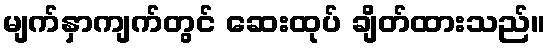
မျက်နှာကျက်တွင် ဆေးထုပ် ချိတ်ထားသည်။